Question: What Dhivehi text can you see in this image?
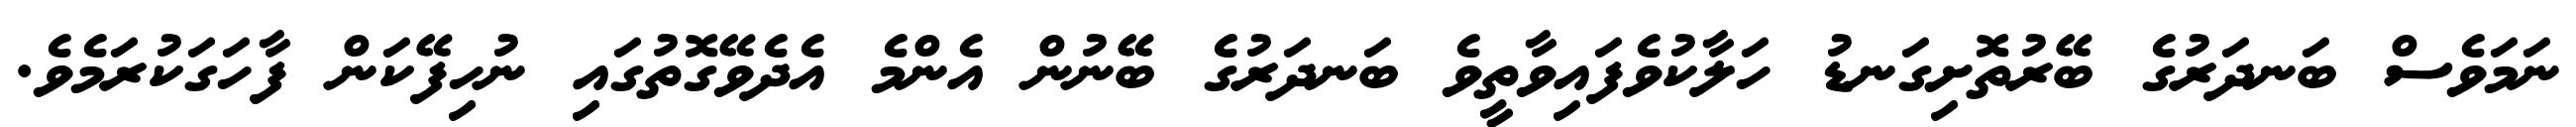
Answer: ނަމަވެސް ބަނދަރުގެ ބޭރުތޮށިގަނޑު ހަލާކުވެފައިވާތީވެ ބަނދަރުގެ ބޭނުން އެންމެ އެދެވޭގޮތުގައި ނުހިފޭކަން ފާހަގަކުރަމެވެ.